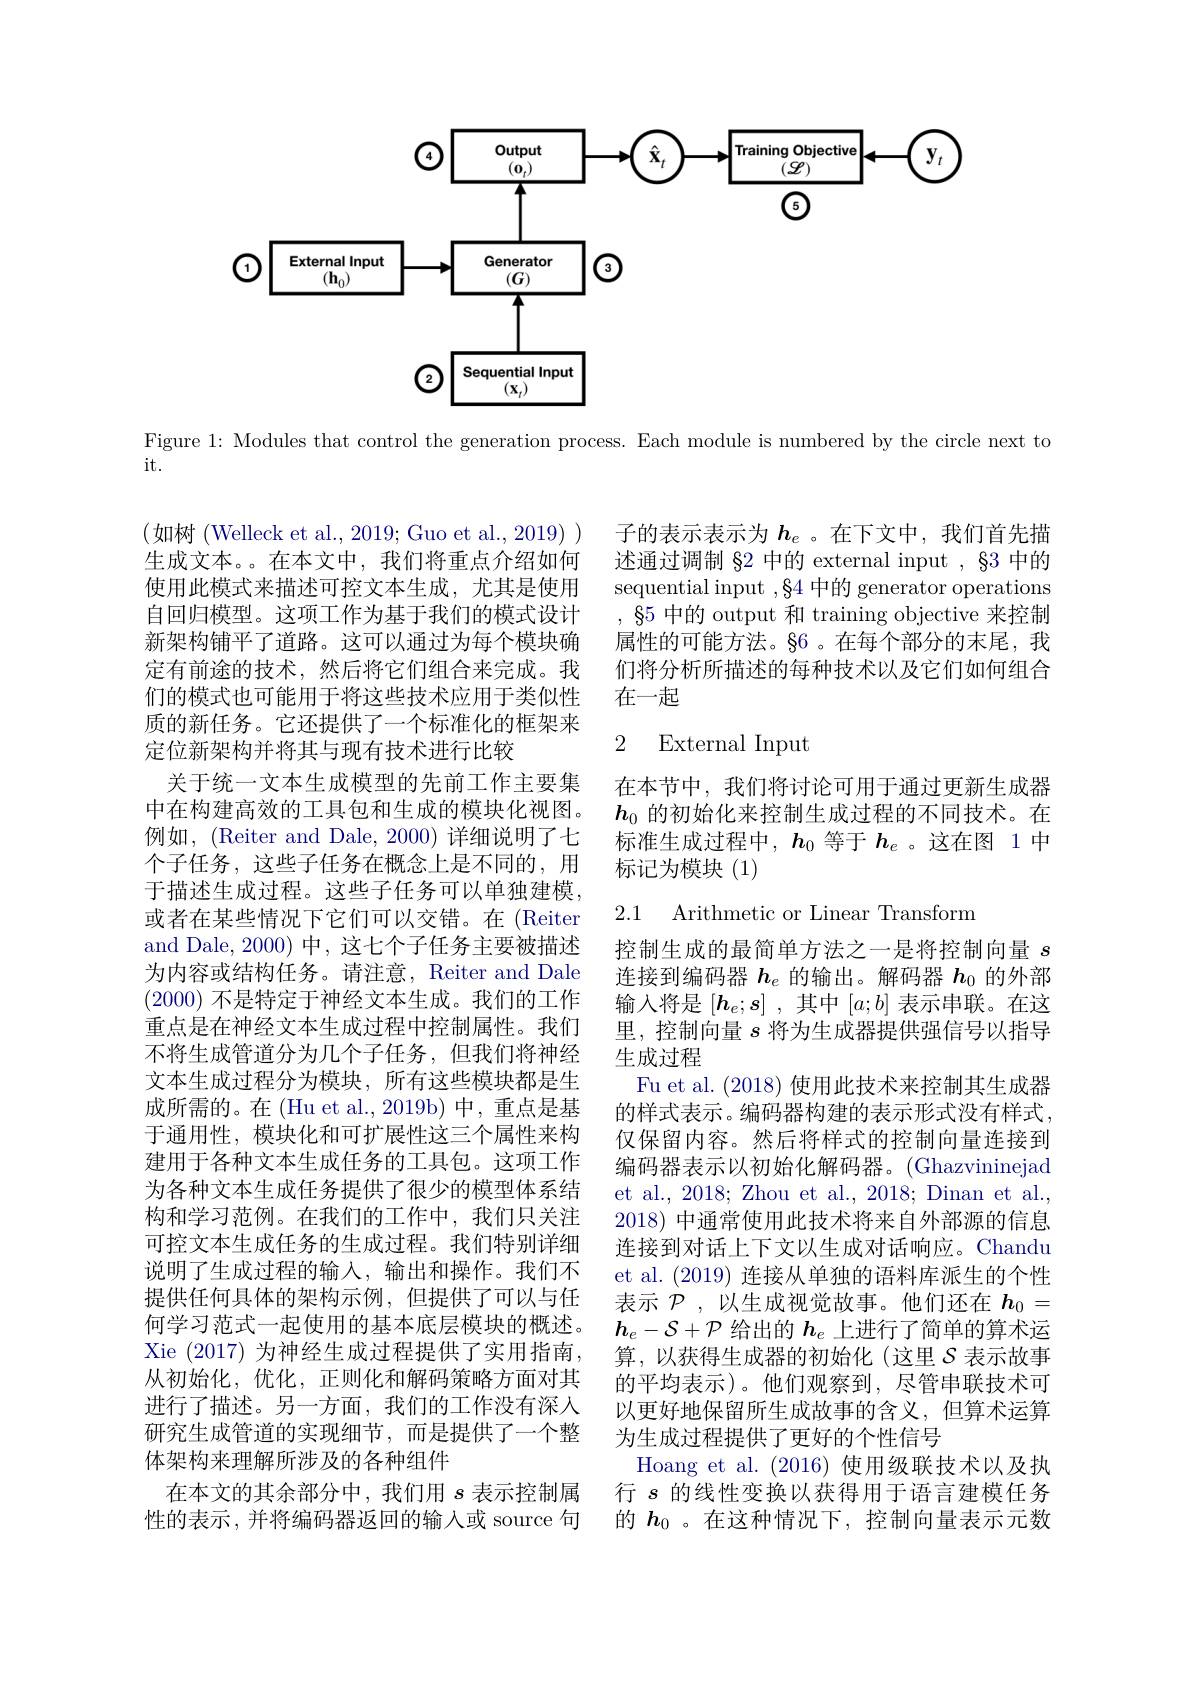
Output
Training Objective
$\textcircled{4}$
$\sqrt{\mathbf{x}_{t}}$
$\mathbf{y}_{t}$
$(\mathcal{Q})$
$\underline{(\mathbf{0}_t)}$
$\textcircled{5}$
Generator
External Input
73
$(\mathbf{h}_{0})$
$(G)$
${\binom22}$ Sequential Input
$(\mathbf{x}_{t})$

Figure 1: Modules that control the generation process. Each module is numbered by the circle next to

it.

子的表示表示为$h_e$ 。在下文中，我们首先描述通过调制 §2 中的 external input , 83 中的sequential input $,\S4$中的 generator operations $\S5$中的 output 和 training objective 来控制属性的可能方法。§6 。在每个部分的末尾，我们将分析所描述的每种技术以及它们如何组合在一起

### 2 External Input

在本节中，我们将讨论可用于通过更新生成器$h_0$的初始化来控制生成过程的不同技术。在标准生成过程中，$h_0$等于$h_e$ 。这在图 1 中标记为模块(1)

2.1 Arithmetic or Linear Transform

(如树(Welleck et al., 2019; Guo et al., 2019)) 生成文本。在本文中，我们将重点介绍如何使用此模式来描述可控文本生成，尤其是使用自回归模型。这项工作为基于我们的模式设计新架构铺平了道路。这可以通过为每个模块确定有前途的技术，然后将它们组合来完成。我们的模式也可能用于将这些技术应用于类似性质的新任务。它还提供了一个标准化的框架来定位新架构并将其与现有技术进行比较
关于统一文本生成模型的先前工作主要集中在构建高效的工具包和生成的模块化视图。例如，(Reiter and Dale, 2000) 详细说明了七个子任务，这些子任务在概念上是不同的，用于描述生成过程。这些子任务可以单独建模， 或者在某些情况下它们可以交错。在 (Reiter) and Dale, 2000) 中，这七个子任务主要被描述为内容或结构任务。请注意，Reiter and Dale (2000)不是特定于神经文本生成。我们的工作重点是在神经文本生成过程中控制属性。我们不将生成管道分为几个子任务，但我们将神经文本生成过程分为模块，所有这些模块都是生成所需的。在(Hu et al.,2019b) 中，重点是基于通用性，模块化和可扩展性这三个属性来构建用于各种文本生成任务的工具包。这项工作为各种文本生成任务提供了很少的模型体系结构和学习范例。在我们的工作中，我们只关注可控文本生成任务的生成过程。我们特别详细说明了生成过程的输入，输出和操作。我们不提供任何具体的架构示例，但提供了可以与任何学习范式一起使用的基本底层模块的概述。Xie (2017) 为神经生成过程提供了实用指南， 从初始化，优化，正则化和解码策略方面对其进行了描述。另一方面，我们的工作没有深人研究生成管道的实现细节，而是提供了一个整体架构来理解所涉及的各种组件
在本文的其余部分中，我们用$s$表示控制属性的表示，并将编码器返回的输入或 source 句

控制生成的最简单方法之一是将控制向量$s$ 连接到编码器$h_e$的输出。解码器$h_{0}$的外部输入将是$[h_e;s]$ ,其中$[a;b]$表示串联。在这里，控制向量$s$将为生成器提供强信号以指导生成过程
Fu et al. (2018)使用此技术来控制其生成器的样式表示。编码器构建的表示形式没有样式， 仅保留内容。然后将样式的控制向量连接到编码器表示以初始化解码器。(Ghazvininejad et al., 2018; Zhou et al., 2018; Dinan et al., 2018)中通常使用此技术将来自外部源的信息连接到对话上下文以生成对话响应。Chandu et al. (2019)连接从单独的语料库派生的个性表示$\mathcal{P}$,以生成视觉故事。他们还在$h_0=$ $h_e-\mathcal{S}+\mathcal{P}$给出的$h_e$上进行了简单的算术运算，以获得生成器的初始化(这里$\mathcal{S}$ 表示故事的平均表示)。他们观察到，尽管串联技术可以更好地保留所生成故事的含义，但算术运算为生成过程提供了更好的个性信号
Hoang et al. (2016) 使用级联技术以及执行$s$ 的线性变换以获得用于语言建模任务的$h_0$ 。在这种情况下，控制向量表示元数